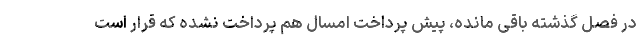
در فصل گذشته باقی مانده، پیش پرداخت امسال هم پرداخت نشده که قرار است